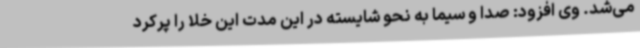
می‌شد. وی افزود: صدا و سیما به نحو شایسته در این مدت این خلا را پرکرد